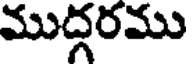
ముద్గరము